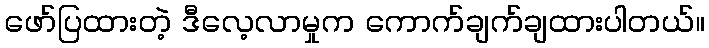
ဖော်ပြထားတဲ့ ဒီလေ့လာမှုက ကောက်ချက်ချထားပါတယ်။